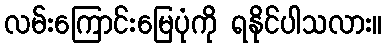
လမ်းကြောင်းမြေပုံကို ရနိုင်ပါသလား။